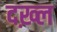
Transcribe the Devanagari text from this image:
दख़्ल